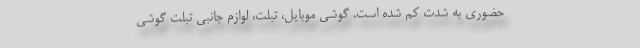
حضوری به شدت کم شده است. گوشی موبایل، تبلت، لوازم جانبی تبلت گوشی